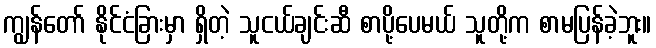
ကျွန်တော် နိုင်ငံခြားမှာ ရှိတဲ့ သူငယ်ချင်းဆီ စာပို့ပေမယ် သူတို့က စာမပြန်ခဲ့ဘူး။